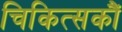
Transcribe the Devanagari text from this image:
चिकित्सकौं